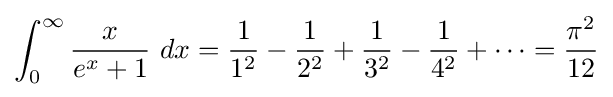
\int _{0}^{\infty }{\frac {x}{e^{x}+1}}\ dx={\frac {1}{1^{2}}}-{\frac {1}{2^{2}}}+{\frac {1}{3^{2}}}-{\frac {1}{4^{2}}}+\dots ={\frac {\pi ^{2}}{12}}